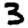
Digit: 3